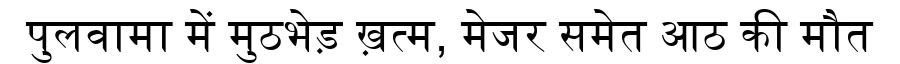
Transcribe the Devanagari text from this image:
पुलवामा में मुठभेड़ ख़त्म, मेजर समेत आठ की मौत